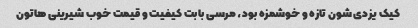
کیک یزدی شون تازه و خوشمزه بود، مرسی بابت کیفیت و قیمت خوب شیرینی هاتون